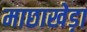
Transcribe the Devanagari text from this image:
माछाखेड़ा